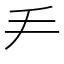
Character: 龵